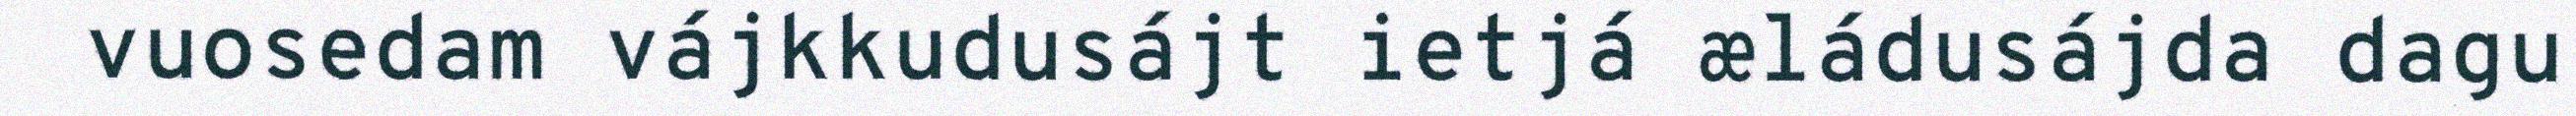
vuosedam vájkkudusájt ietjá æládusájda dagu